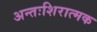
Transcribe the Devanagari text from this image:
अन्तःशिरात्मक